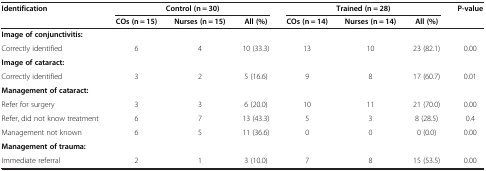
<table><thead><tr><td><b>Identification</b></td><td colspan="3"><b>Control (n = 30)</b></td><td colspan="3"><b>Trained (n = 28)</b></td><td><b>P-value</b></td></tr><tr><td>[EMPTY_CELL]</td><td><b>COs (n = 15)</b></td><td><b>Nurses (n = 15)</b></td><td><b>All (%)</b></td><td><b>COs (n = 14)</b></td><td><b>Nurses (n = 14)</b></td><td><b>All (%)</b></td><td>[EMPTY_CELL]</td></tr></thead><tbody><tr><td colspan="8"><b>Image of conjunctivitis:</b></td></tr><tr><td>Correctly identified</td><td>6</td><td>4</td><td>10 (33.3)</td><td>13</td><td>10</td><td>23 (82.1)</td><td>0.00</td></tr><tr><td><b>Image of cataract:</b></td><td>[EMPTY_CELL]</td><td>[EMPTY_CELL]</td><td>[EMPTY_CELL]</td><td>[EMPTY_CELL]</td><td>[EMPTY_CELL]</td><td>[EMPTY_CELL]</td><td>[EMPTY_CELL]</td></tr><tr><td>Correctly identified</td><td>3</td><td>2</td><td>5 (16.6)</td><td>9</td><td>8</td><td>17 (60.7)</td><td>0.01</td></tr><tr><td colspan="8"><b>Management of cataract:</b></td></tr><tr><td>Refer for surgery</td><td>3</td><td>3</td><td>6 (20.0)</td><td>10</td><td>11</td><td>21 (70.0)</td><td>0.00</td></tr><tr><td>Refer, did not know treatment</td><td>6</td><td>7</td><td>13 (43.3)</td><td>5</td><td>3</td><td>8 (28.5)</td><td>0.4</td></tr><tr><td>Management not known</td><td>6</td><td>5</td><td>11 (36.6)</td><td>0</td><td>0</td><td>0 (0.0)</td><td>0.00</td></tr><tr><td colspan="8"><b>Management of trauma:</b></td></tr><tr><td>Immediate referral</td><td>2</td><td>1</td><td>3 (10.0)</td><td>7</td><td>8</td><td>15 (53.5)</td><td>0.00</td></tr></tbody></table>